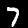
Digit: 7